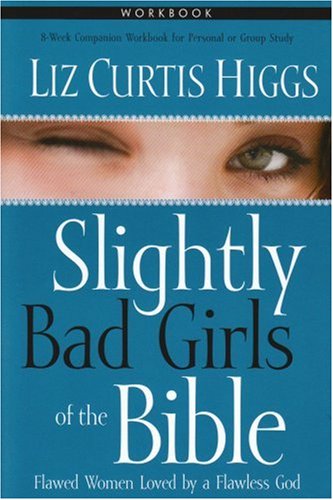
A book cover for Slightly Bad Girls of the Bible Workbook: Flawed Women Loved by a Flawless God; Liz Curtis Higgs; Christian Books & Bibles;